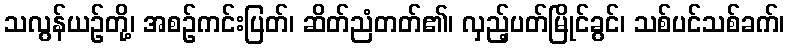
သလွန်ယဉ်တို့၊ အစဉ်ကင်းပြတ်၊ ဆိတ်ညံတတ်၏၊ လှည့်ပတ်မြိုင်ခွင်၊ သစ်ပင်သစ်ခက်၊